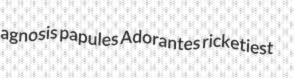
agnosis papules Adorantes ricketiest